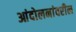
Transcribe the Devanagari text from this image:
आंदोलनांवरील